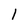
Character: 1